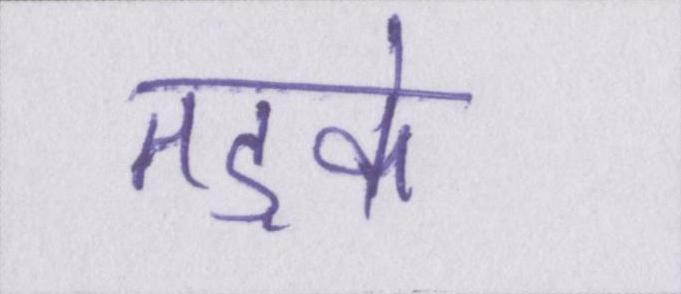
तड़के